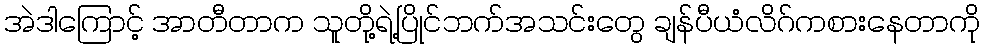
အဲဒါကြောင့် အာတီတာက သူတို့ရဲ့ပြိုင်ဘက်အသင်းတွေ ချန်ပီယံလိဂ်ကစားနေတာကို